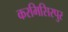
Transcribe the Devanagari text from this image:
करमिसिरपुर